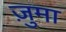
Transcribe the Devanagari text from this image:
ज़ुमा